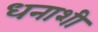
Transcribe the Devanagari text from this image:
धनाशी